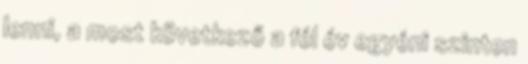
lenni, a most következő a fél év egyéni szinten